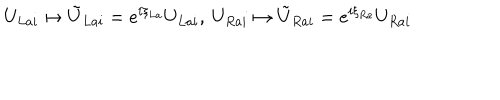
U _ { L a i } \mapsto \tilde { U } _ { L a i } = e ^ { i \xi _ { L a } } U _ { L a i } , \ U _ { R a i } \mapsto \tilde { U } _ { R a i } = e ^ { i \xi _ { R a } } U _ { R a i }